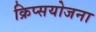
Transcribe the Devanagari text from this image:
क्रिप्सयोजना